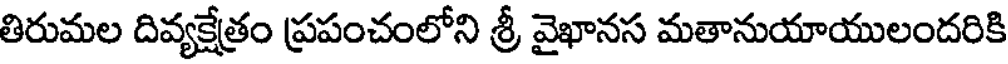
తిరుమల దివ్యక్షేత్రం ప్రపంచంలోని శ్రీ వైఖానస మతానుయాయులందరికి